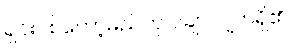
ရှင်းပစ်တော့မည်ဟု ပချာလျက်ရှိ၏။